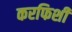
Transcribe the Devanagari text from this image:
करफिशीं